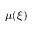
\mu ( \xi )